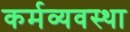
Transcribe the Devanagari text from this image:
कर्मव्यवस्था